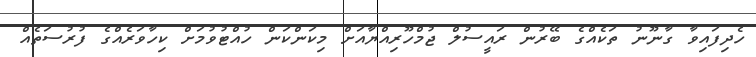
ހެދިފައިވާ ގާނޫނު ތަކެއްގެ ބޭރުން ރައީސުލް ޖުމްހޫރިއްޔާއަށް މިކަންކަން ހުއްޓުވުމަށް ކިހާވަރެއްގެ ފުރުސަތެއް